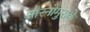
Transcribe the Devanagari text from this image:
औरनोमुराके